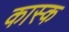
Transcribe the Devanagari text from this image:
कास्क